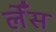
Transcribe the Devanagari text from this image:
लेँस